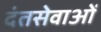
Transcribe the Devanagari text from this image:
दंतसेवाओं